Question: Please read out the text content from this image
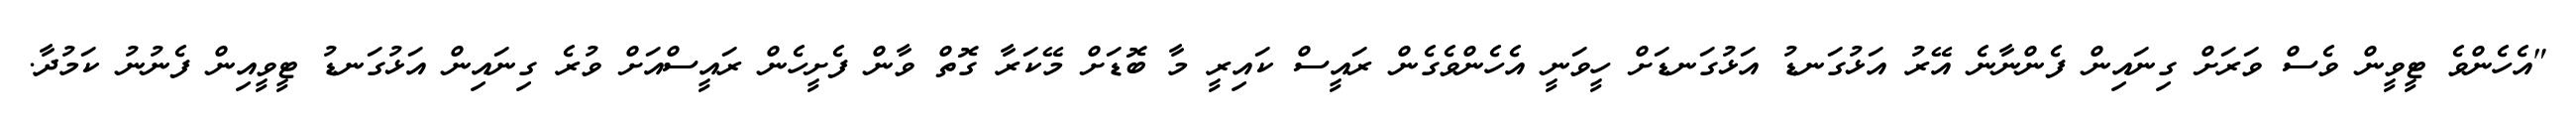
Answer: "އެހެންވެ ޓީވީން ވެސް ވަރަށް ގިނައިން ފެންނާނެ އޭރު އަޅުގަނޑު އަޅުގަނޑަށް ހީވަނީ އެހެންވެގެން ރައީސް ކައިރީ މާ ބޮޑަށް މޭކަރާ ގޮތް ވާން ފެށީހެން ރައީސްއަށް ވުރެ ގިނައިން އަޅުގަނޑު ޓީވީއިން ފެނުނު ކަމުދާ.